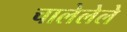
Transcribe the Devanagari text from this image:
चालेलेले